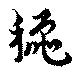
龝